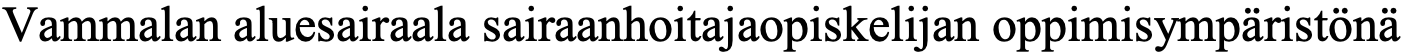
Vammalan aluesairaala sairaanhoitajaopiskelijan oppimisympäristönä